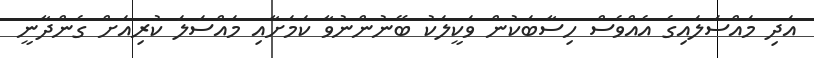
އަދި މައްސަލައިގެ އެއްވެސް ހިސާބަކުން ވަކީލަކު ބޭނުންނުވާ ކަމަށާއި މައްސަލަ ކުރިއަށް ގެންދާނީ